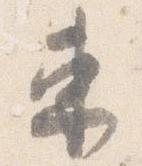
束